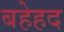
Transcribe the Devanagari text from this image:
बहेहद